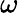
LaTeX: \omega